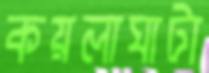
কয়লাঘাটা